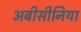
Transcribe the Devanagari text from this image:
अबीसीनिया